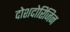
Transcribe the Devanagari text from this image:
दोशदोरिजिन